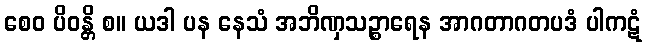
စေဝ ပိဝန္တိ စ။ ယဒါ ပန နေသံ အဘိဏှသဉ္စာရေန အာဂတာဂတပဒံ ပါကဋံ